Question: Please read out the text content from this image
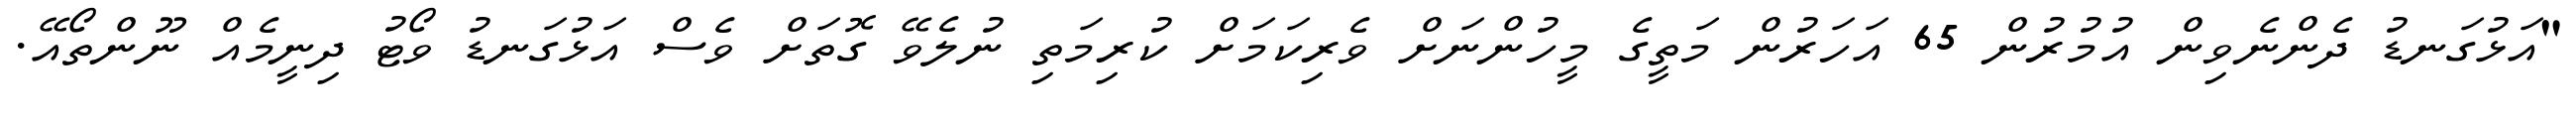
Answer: "އަޅުގަނޑު ދެންނެވިން އުމުރުން 65 އަހަރުން މަތީގެ މީހުންނަށް ވެރިކަމަށް ކުރިމަތި ނުލެވޭ ގޮތަށް ވެސް އަޅުގަނޑު ވޯޓު ދިނީމެއް ނޫންތޯއޭ.